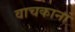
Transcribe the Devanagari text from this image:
वाचकानां